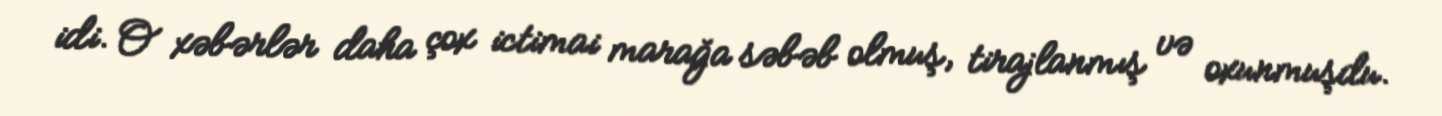
idi. O xəbərlər daha çox ictimai marağa səbəb olmuş, tirajlanmış və oxunmuşdu.